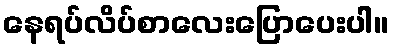
နေရပ်လိပ်စာလေးပြောပေးပါ။